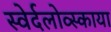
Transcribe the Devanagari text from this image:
स्वेर्दलोव्स्काया